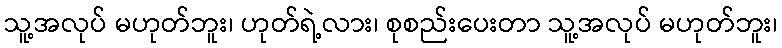
သူ့အလုပ် မဟုတ်ဘူး၊ ဟုတ်ရဲ့လား၊ စုစည်းပေးတာ သူ့အလုပ် မဟုတ်ဘူး၊